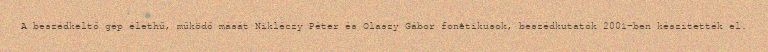
A beszédkeltő gép élethű, működő mását Nikléczy Péter és Olaszy Gábor fonetikusok, beszédkutatók 2001-ben készítették el.